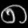
Digit: ၈